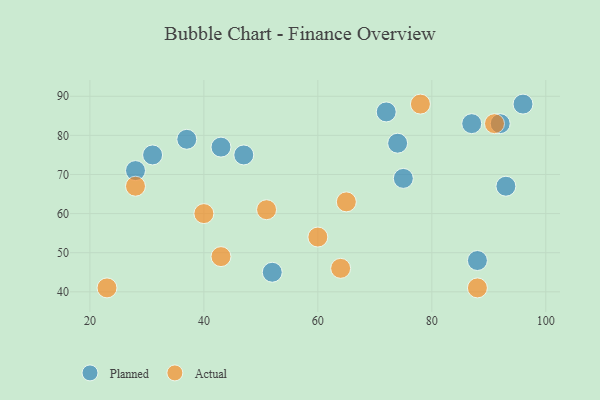
{"axis": {"x": "GDP", "y": "Life Expectancy"}, "legend": ["Actual", "Planned"], "data": [{"x": "47", "y": 75, "type": "Planned"}, {"x": "88", "y": 48, "type": "Planned"}, {"x": "75", "y": 69, "type": "Planned"}, {"x": "28", "y": 71, "type": "Planned"}, {"x": "92", "y": 83, "type": "Planned"}, {"x": "52", "y": 45, "type": "Planned"}, {"x": "93", "y": 67, "type": "Planned"}, {"x": "37", "y": 79, "type": "Planned"}, {"x": "72", "y": 86, "type": "Planned"}, {"x": "43", "y": 77, "type": "Planned"}, {"x": "74", "y": 78, "type": "Planned"}, {"x": "87", "y": 83, "type": "Planned"}, {"x": "96", "y": 88, "type": "Planned"}, {"x": "31", "y": 75, "type": "Planned"}, {"x": "28", "y": 67, "type": "Actual"}, {"x": "91", "y": 83, "type": "Actual"}, {"x": "65", "y": 63, "type": "Actual"}, {"x": "51", "y": 61, "type": "Actual"}, {"x": "43", "y": 49, "type": "Actual"}, {"x": "60", "y": 54, "type": "Actual"}, {"x": "23", "y": 41, "type": "Actual"}, {"x": "64", "y": 46, "type": "Actual"}, {"x": "40", "y": 60, "type": "Actual"}, {"x": "78", "y": 88, "type": "Actual"}, {"x": "88", "y": 41, "type": "Actual"}]}